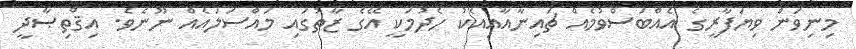
މިނިވަން ވިޔަފާރީގެ އެއްބަސްވުމެއް ޗައިނާއާއިއެކު ހެދުމަކީ އޭގެ ޒާތުގައި މައްސަލައެއް ނޫނެވެ. އިޤްތިޞާދީ